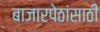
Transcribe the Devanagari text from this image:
बाजारपेठांसाठी